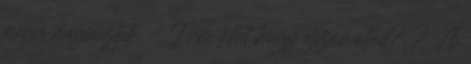
mégis meghúztak. - Nem lehet hogy elszámoltad? ? A